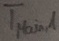
Text: TMAIN,1